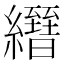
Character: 𦇢